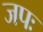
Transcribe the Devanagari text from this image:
जपः